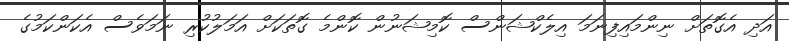
އަދި އެގޮތަށް ނިންމައިފިނަމަ އިލެކްޝަންސް ކޮމިޝަނުން ކޮންމެ ގޮތަކަށް އަމަލުކުރި ނަމަވެސް އެކަންކަމުގެ